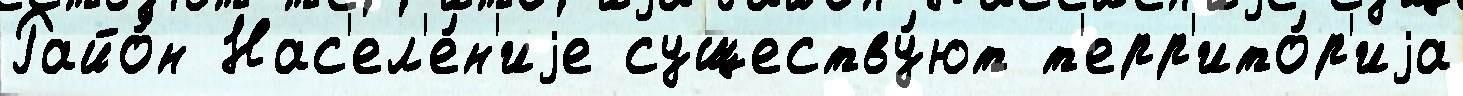
Райо́н Нас'ел'е́н'иjе существу́ют т'ерр'ито́р'иjа